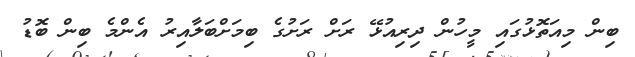
ބިން މިއަތޮޅުގައި މީހުން ދިރިއުޅޭ ރަށް ރަށުގެ ބިމަށްބަލާއިރު އެންމެ ބިން ބޮޑު